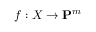
f : X \to \mathbf { P } ^ { m }